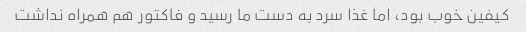
کیفین خوب بود، اما غذا سرد به دست ما رسید و فاکتور هم همراه نداشت